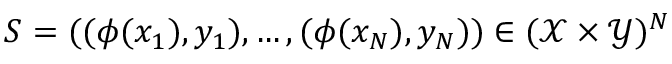
S = ( ( \phi ( x _ { 1 } ) , y _ { 1 } ) , \dots , ( \phi ( x _ { N } ) , y _ { N } ) ) \in ( \mathcal { X } \times \mathcal { Y } ) ^ { N }